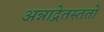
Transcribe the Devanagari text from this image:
अन्नाद्रेतस्ततो